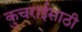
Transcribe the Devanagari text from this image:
कुचराईसाठी